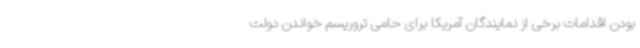
بودن اقدامات برخی از نمایندگان آمریکا برای حامی تروریسم خواندن دولت